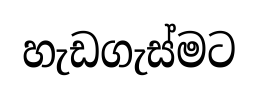
හැඩගැස්මට